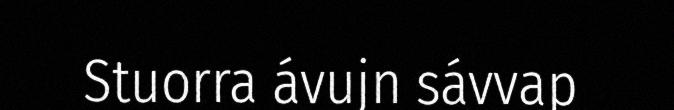
Stuorra ávujn sávvap